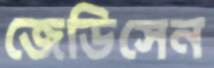
জেডিসেন